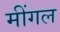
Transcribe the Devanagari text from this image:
मींगल